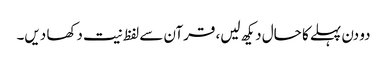
دو دن پہلے کا حال دیکھ لیں، قرآن سے لفظ نیت دکھا دیں۔